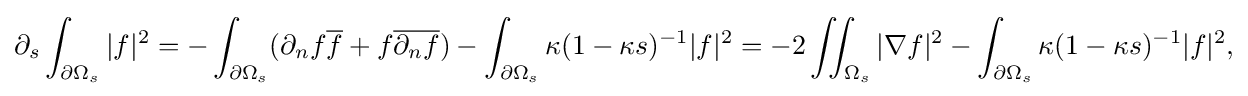
\displaystyle {\partial _{s}\int _{\partial \Omega _{s}}|f|^{2}=-\int _{\partial \Omega _{s}}(\partial _{n}f{\overline {f}}+f{\overline {\partial _{n}f}})-\int _{\partial \Omega _{s}}\kappa (1-\kappa s)^{-1}|f|^{2}=-2\iint _{\Omega _{s}}|\nabla f|^{2}-\int _{\partial \Omega _{s}}\kappa (1-\kappa s)^{-1}|f|^{2},}